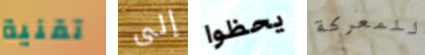
تقنية إلى يحظوا للمعركة